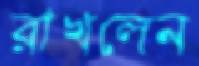
রাখলেন